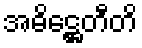
အဓိဋ္ဌေတီတိ